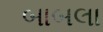
બાબલા